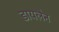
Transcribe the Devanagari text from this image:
डायलैन